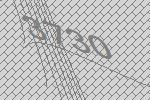
3730